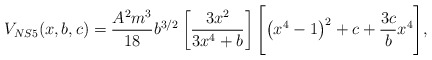
\begin{align*}V_{NS5}(x,b,c)=\frac{A^2 m^3}{18}b^{3/2}\left[\frac{3x^2}{3x^4+b}\right]\Biggl[\left(x^4 -1\right)^2+c+\frac{3c}{b}x^4 \Biggr],\end{align*}